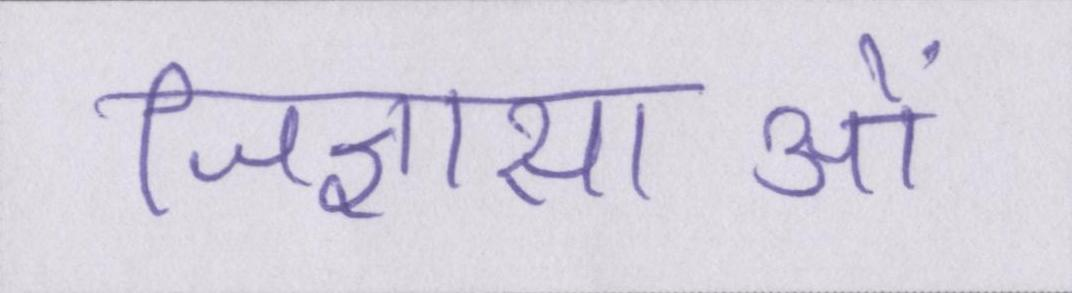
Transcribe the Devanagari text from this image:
जिज्ञासाओं